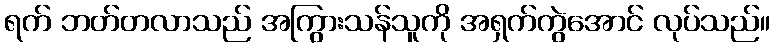
ရက် ဘတ်တလာသည် အကြွားသန်သူကို အရှက်ကွဲအောင် လုပ်သည်။